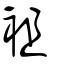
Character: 袓